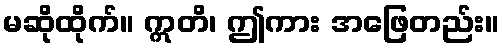
မဆိုထိုက်။ ဣတိ၊ ဤကား အဖြေတည်း။